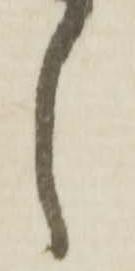
し